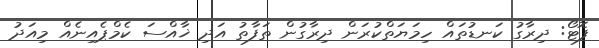
ފޮޓޯ: ދިރާގު ކަނޑުތައް ހިމަޔަތްކުރަން ދިރާގުން ތަފާތު އަދި ޚާއްސަ ކެމްޕެއިނެއް މިއަދު